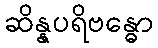
ဆိန္နပရိဗန္ဓော